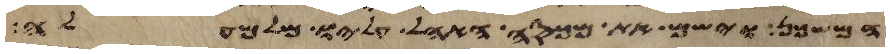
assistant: המשכן וישם את מכסה האהל עליו מלמעלה